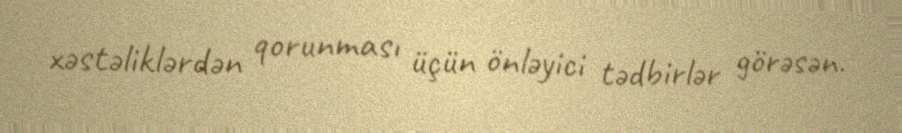
xəstəliklərdən qorunması üçün önləyici tədbirlər görəsən.